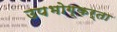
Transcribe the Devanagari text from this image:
उपभोग्कर्ता